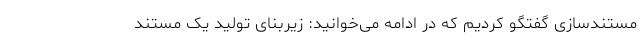
مستندسازی گفتگو کردیم که در ادامه می‌خوانید: زیربنای تولید یک مستند